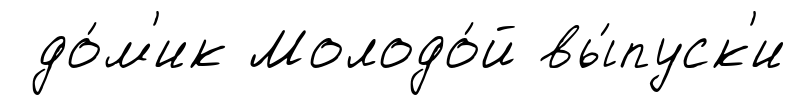
до́м'ик Молодо́й вы́пуск'и